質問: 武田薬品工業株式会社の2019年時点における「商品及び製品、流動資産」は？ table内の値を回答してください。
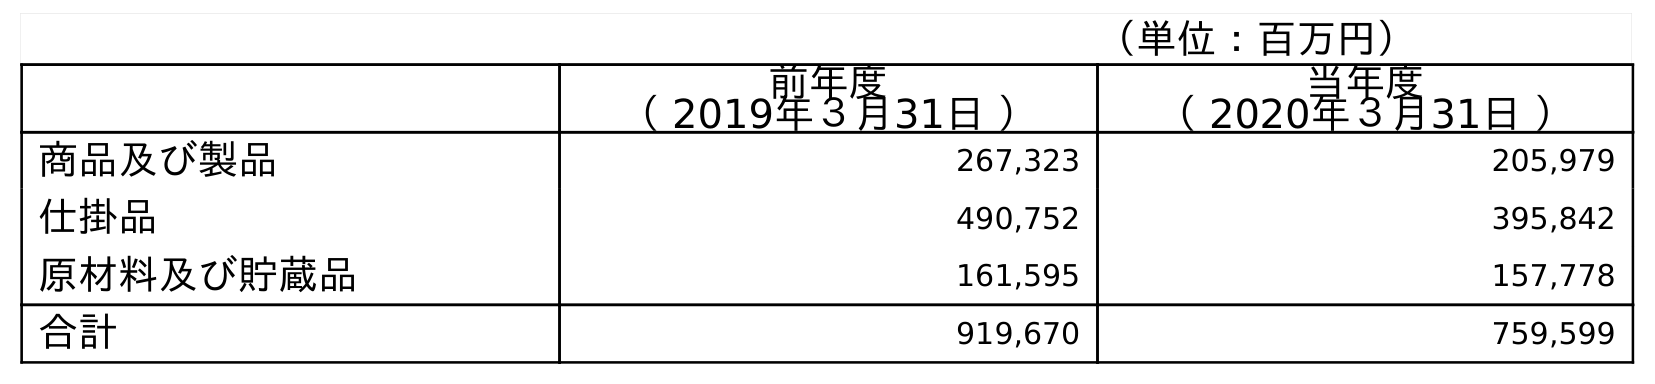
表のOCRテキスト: （単位：百万円） 前年度 （ 2019年３月31日 ） 当年度 （ 2020年３月31日 ） 商品及び製品 267,323 205,979 仕掛品 490,752 395,842 原材料及び貯蔵品 161,595 157,778 合計 919,670 759,599
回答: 267,323